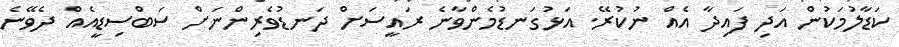
ކަޑާލުމަކުން އަދި ފައިދާ އެއް ނުކުރޭ. އަޅުގަނޑުމެންވާނެ ރައީސަށް ދަނޑުވެރިންނަށް ސަބްސިޑީއެއް ދެވޭނެ